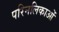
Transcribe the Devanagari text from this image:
परिनलिकाओं